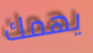
يهمك